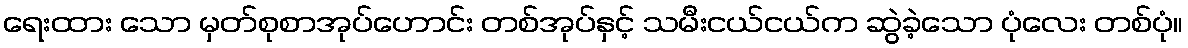
ရေးထား သော မှတ်စုစာအုပ်ဟောင်း တစ်အုပ်နှင့် သမီးငယ်ငယ်က ဆွဲခဲ့သော ပုံလေး တစ်ပုံ။